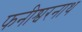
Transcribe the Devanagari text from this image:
फनीश्वरनाथ